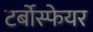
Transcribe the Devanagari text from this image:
टर्बोस्फेयर